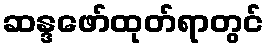
ဆန္ဒဖော်ထုတ်ရာတွင်